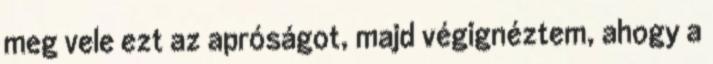
meg vele ezt az apróságot, majd végignéztem, ahogy a